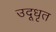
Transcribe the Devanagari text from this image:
उदूधृत